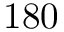
1 8 0